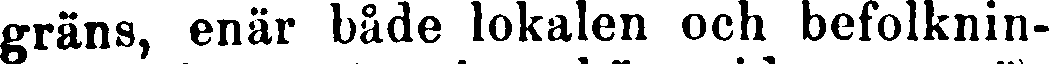
gräns, enär både lokalen och befolknin-